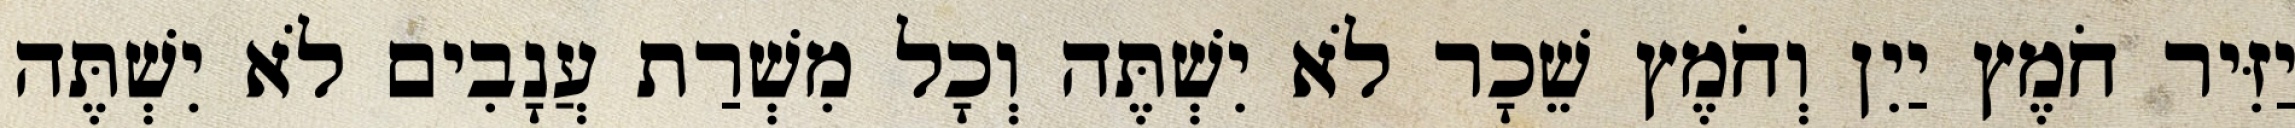
יַזִּיר חֹמֶץ יַיִן וְחֹמֶץ שֵׁכָר לֹא יִשְׁתֶּה וְכָל מִשְׁרַת עֲנָבִים לֹא יִשְׁתֶּה